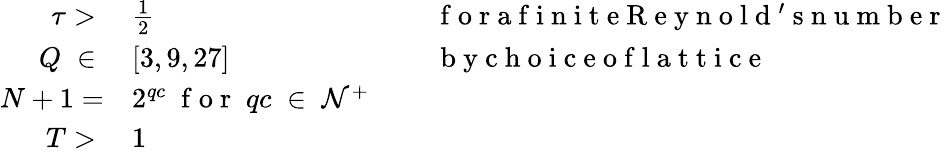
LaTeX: \begin{array}{rlrl}{\tau>\; }&{{}\frac{1}{2}}&{\; }&{{}\mathrm{~f~o~r~a~f~i~n~i~t~e~R~e~y~n~o~l~d~'~s~n~u~m~b~e~r~}}\\ {Q\; \in\; }&{{}[3,9,27]}&{\; }&{{}\mathrm{~b~y~c~h~o~i~c~e~o~f~l~a~t~t~i~c~e~}}\\ {N+1=}&{{}2^{qc}\; \mathrm{~f~o~r~}\; qc\; \in\; \mathcal{N}^{+}}\\ {T>\; }&{{}1}\end{array}